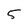
Character: 5